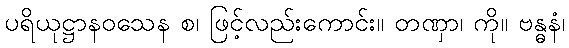
ပရိယုဋ္ဌာနဝသေန စ၊ ဖြင့်လည်းကောင်း။ တဏှာ၊ ကို။ ဗန္ဓနံ၊